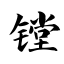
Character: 镗